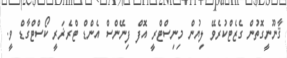
ޤާނޫނީގޮތުން ގެޒެޓްކުރެވޭ ލިޔުން މިނިސްޓްރީ އޮފް ފިނޭންސް އެންޑް ޓްރެޜަރީ ކޯސްޓްގާޑް ވީ.